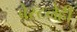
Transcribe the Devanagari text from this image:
बेस्टनेही